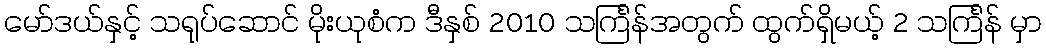
မော်ဒယ်နှင့် သရုပ်ဆောင် မိုးယုစံက ဒီနှစ် 2010 သင်္ကြန်အတွက် ထွက်ရှိမယ့် 2 သင်္ကြန် မှာ